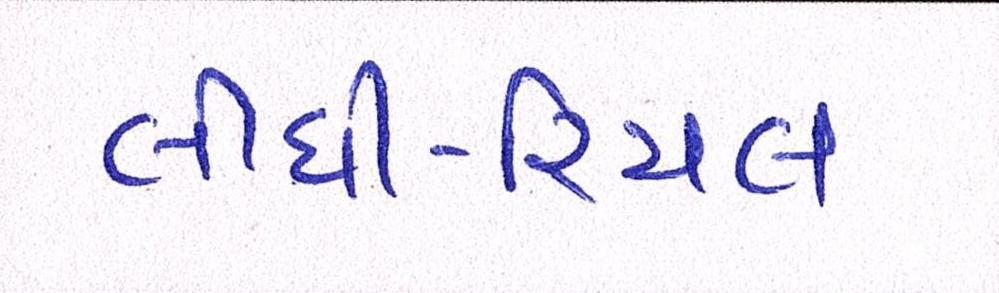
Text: લીધી-રિયલ